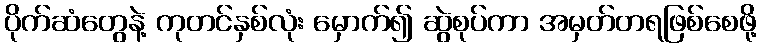
ပိုက်ဆံတွေနဲ့ ကုတင်နှစ်လုံး မှောက်၍ ဆွဲစုပ်ကာ အမှတ်တရဖြစ်စေဖို့